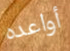
أواعده